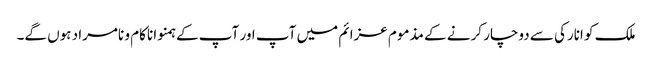
ملک کو انارکی سے دوچار کرنے کے مذموم عزائم میں آپ اور آپ کے ہمنوا ناکام و نامراد ہوں گے۔